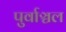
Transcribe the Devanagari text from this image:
पुर्वाञ्चल